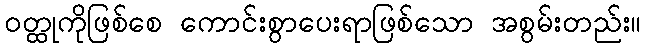
ဝတ္ထုကိုဖြစ်စေ ကောင်းစွာပေးရာဖြစ်သော အစွမ်းတည်း။